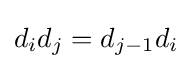
d_{i}d_{j}=d_{j-1}d_{i}